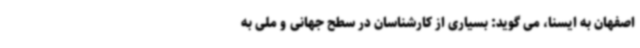
اصفهان به ایسنا، می گوید: بسیاری از کارشناسان در سطح جهانی و ملی به